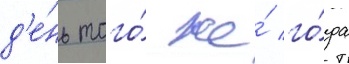
д'е́нь того́ же́ го́да